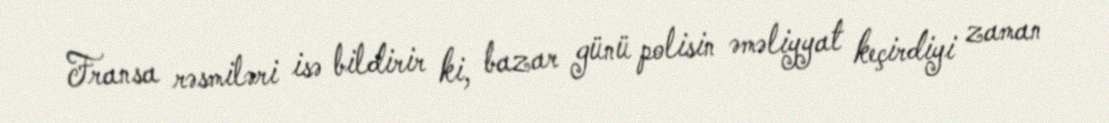
Fransa rəsmiləri isə bildirir ki, bazar günü polisin əməliyyat keçirdiyi zaman